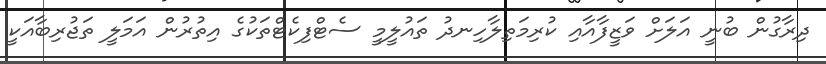
ދިރާގުން ބުނީ އަލަށް ވަޒީފާއާއި ކުރިމަތިލާހިނދު ތައުލީމީ ސެޓްފިކެޓްތަކުގެ އިތުރުން އަމަލީ ތަޖުރިބާއަކީ